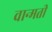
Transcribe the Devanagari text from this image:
वान्मती